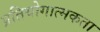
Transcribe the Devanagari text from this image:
प्रतियोगात्मकता